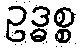
ဥဒ္ဓစ္စ